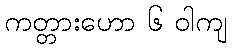
ကတ္တားဟော ၆ ဝါကျ